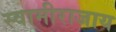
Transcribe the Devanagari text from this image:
स्वामीराजाय